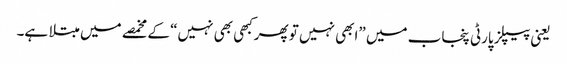
یعنی پیپلز پارٹی پنجاب میں ”ابھی نہیں تو پھرکبھی بھی نہیں“ کے مخمصے میں مبتلا ہے۔